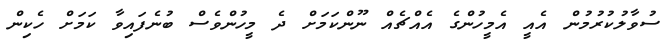
ސުވާލުކުރުމުން އެއީ އެމީހުންގެ އެއްޗެއް ނޫންކަމަށް ދެ މީހުންވެެސް ބުނެފައިވާ ކަމަށް ހެކިން